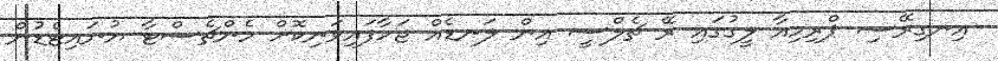
އިނގިރޭސި ޕްރިމިއާ ލީގުގައި ރޭ ޗެލްސީ އިން ލަނޑެއް ޖަހާފައިވަނިކޮށް މެންޗެސްޓާ ޔުނައިޓެޑުން